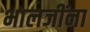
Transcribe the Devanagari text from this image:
भालजींना